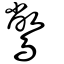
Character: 鷩